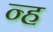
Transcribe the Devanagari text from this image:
न्ह